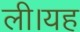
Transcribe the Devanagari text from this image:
ली।यह